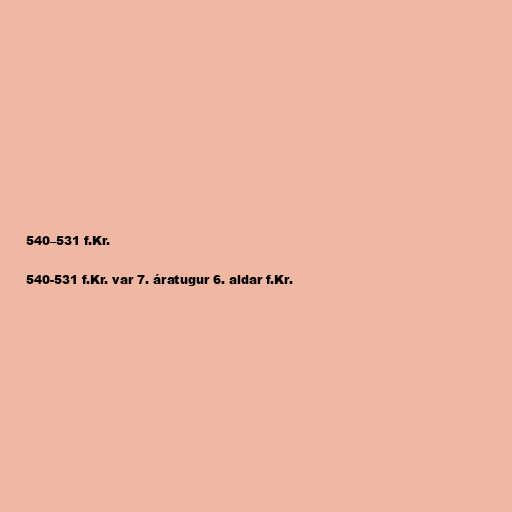
540–531 f.Kr.

540-531 f.Kr. var 7. áratugur 6. aldar f.Kr.